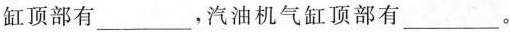
缸顶部有___，汽油机气缸顶部有___。